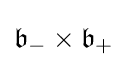
{\mathfrak {b}}_{-}\times {\mathfrak {b}}_{+}